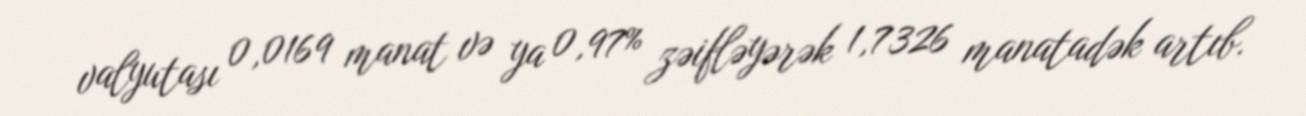
valyutası 0,0169 manat və ya 0,97% zəifləyərək 1,7326 manatadək artıb.